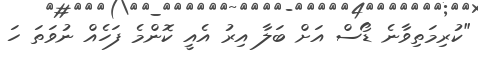
"ކުރިމަތިވާނެ ޑޯސް އަށް ބަލާ އިރު އެއީ ކޮންމެ ފަހެއް ނުވަތަ ހަ